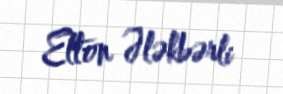
Elton Ələkbərli